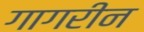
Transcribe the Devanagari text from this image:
गागरीन